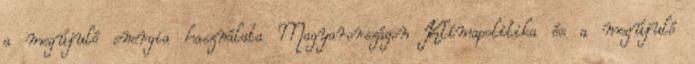
a megújuló energia használata Magyarországon Klímapolitika és a megújuló